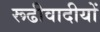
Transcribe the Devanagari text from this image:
रूढीवादीयों